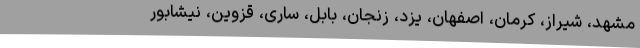
مشهد، شيراز، كرمان، اصفهان، یزد، زنجان، بابل، ساری، قزوین، نیشابور